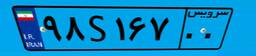
۴۴S۶۷۱۶۸